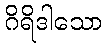
ဂိရိဒါသော